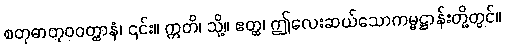
စတုဓာတုဝဝတ္ထာနံ၊ ၎င်း။ ဣတိ၊ သို့။ ဧတ္ထ၊ ဤလေးဆယ်သောကမ္မဋ္ဌာန်းတို့တွင်။